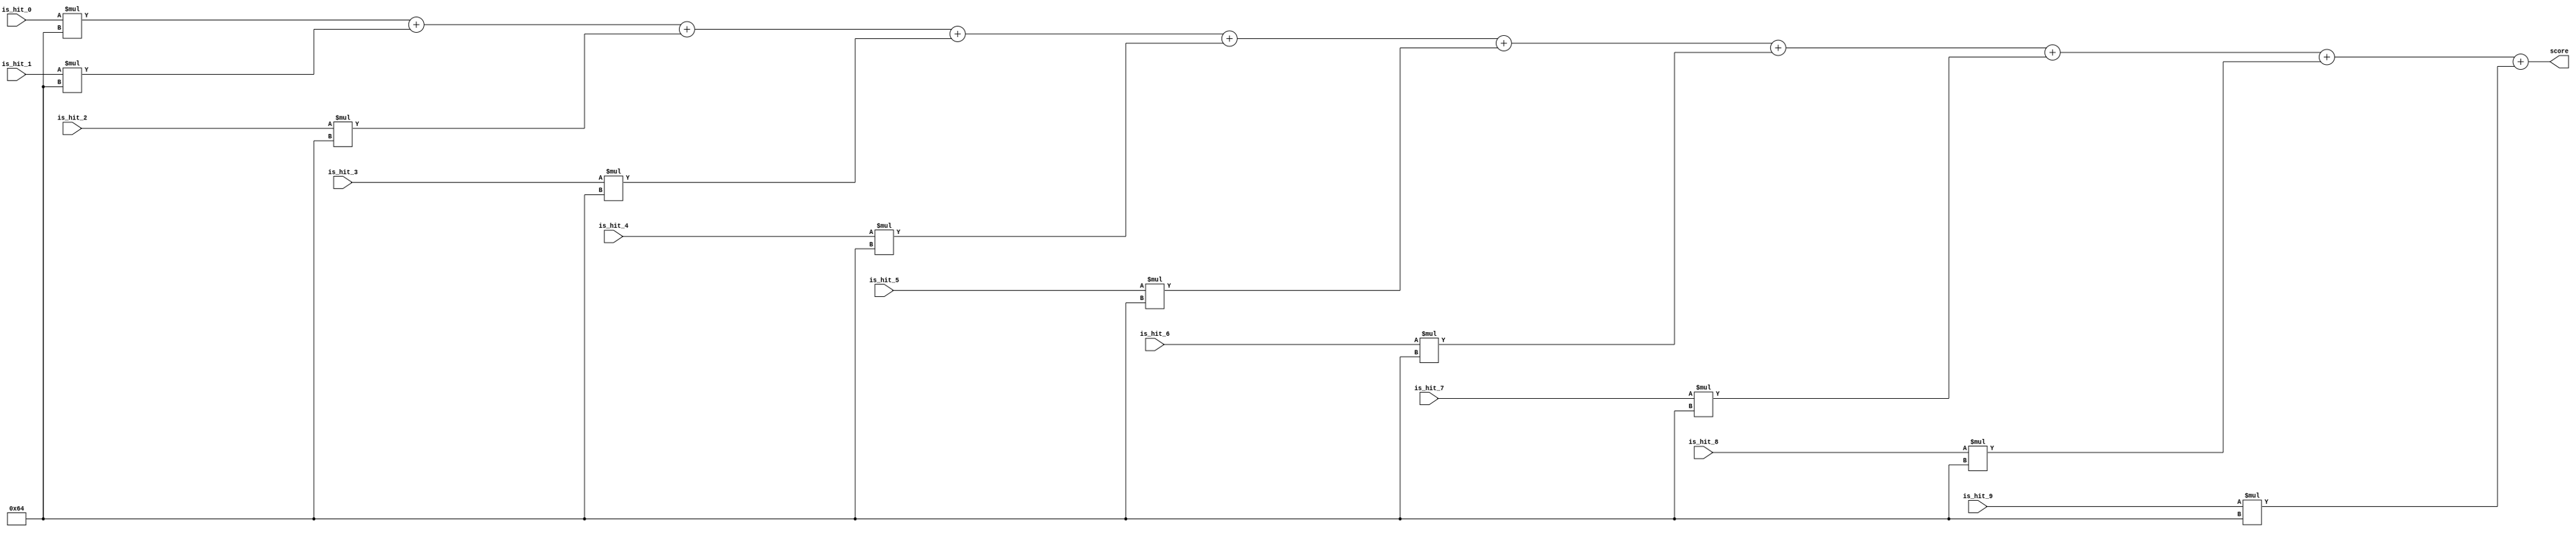
`timescale 1ns / 1ps
//////////////////////////////////////////////////////////////////////////////////
// Company: 
// Engineer: 
// 
// Design Name: 
// Module Name: hit_counter
// Project Name: 
// Target Devices: 
// Tool Versions: 
// Description: 
// 
// Dependencies: 
// 
// Revision:
// Revision 0.01 - File Created
// Additional Comments:
// 
//////////////////////////////////////////////////////////////////////////////////


module hit_counter(
    input is_hit_0,
    input is_hit_1,
    input is_hit_2,
    input is_hit_3,
    input is_hit_4,
    input is_hit_5,
    input is_hit_6,//
    input is_hit_7,//
    input is_hit_8,//
    input is_hit_9,//
    output [13:0] score
    );

assign score=is_hit_0*100
            +is_hit_1*100
            +is_hit_2*100
            +is_hit_3*100
            +is_hit_4*100
            +is_hit_5*100
            +is_hit_6*100//
            +is_hit_7*100//
            +is_hit_8*100//
            +is_hit_9*100;//
endmodule